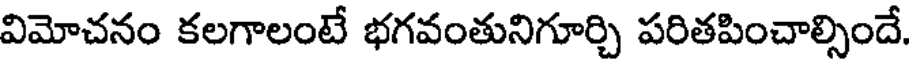
విమోచనం కలగాలంటే భగవంతునిగూర్చి పరితపించాల్సిందే.